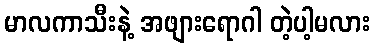
မာလကာသီးနဲ့ အဖျားရောဂါ တဲ့ပါ့မလား